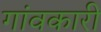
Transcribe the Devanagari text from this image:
गांवकारी